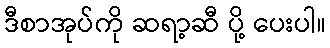
ဒီစာအုပ်ကို ဆရာ့ဆီ ပို့ ပေးပါ။